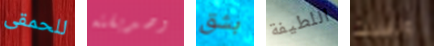
للحمقى وصديقته بشق اللطيفة ونسيت